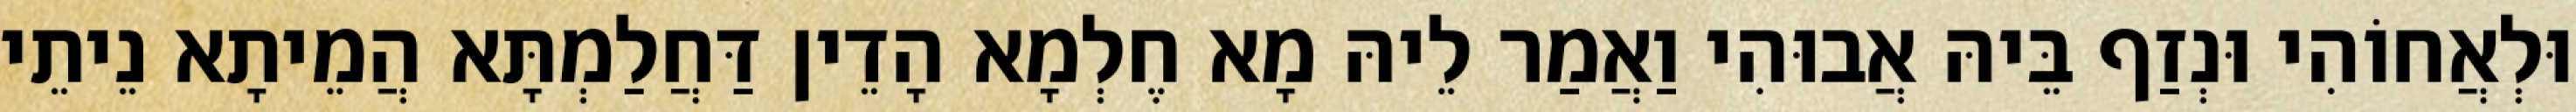
וּלְאֲחוֹהִי וּנְזַף בֵּיהּ אֲבוּהִי וַאֲמַר לֵיהּ מָא חֶלְמָא הָדֵין דַּחֲלַמְתָּא הֲמֵיתָא נֵיתֵי